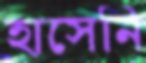
হাসেনি